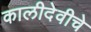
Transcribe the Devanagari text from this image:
कालीदेवीचे